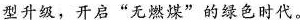
型升级，开启：“燃煤”的绿色时代。